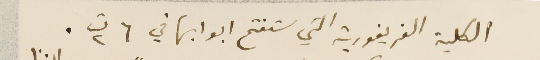
الكلية الغريغورية التي ستفتح ابوابها في ٦ ت٢.